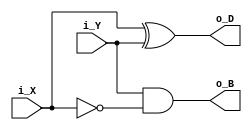
module HS (i_X, i_Y, o_D, o_B);
	input i_X, i_Y;
	output o_D, o_B;
	
	wire NX;
	
	xor xor1(o_D,i_X,i_Y);
	not not1(NX,i_X);
	and and1(o_B,i_Y,NX);
endmodule

module FS(i_X, i_Y, i_Bin, o_D, o_Bout);
	input i_X, i_Y, i_Bin;
	output o_D, o_Bout;
	
	wire wD, wB1, wB2;
	
	HS half1(i_X,i_Y,wD,wB1);
	HS half2(wD,i_Bin,o_D,wB2);
	or or2(o_Bout,wB2,wB1);
endmodule

module NSubtractor(i_X, i_Y, i_Bin, o_D, o_Bout, o_V);
	parameter N = 4;
	
	input [N-1:0] i_X, i_Y;
	input i_Bin;
	
	output [N-1:0] o_D;
	output o_Bout, o_V;//o_V is overflow
	
	wire [N:0] B;
	
	assign B[0] = i_Bin;
	
	genvar i;
	generate
	for (i=0; i<N; i=i+1)
		begin
			FS Full(i_X[i], i_Y[i], B[i], o_D[i], B[i+1]);
		end
	endgenerate
	
	assign o_Bout = B[N];
	//if the sign of the two inputs is different and the sign of the result is the same as the subtrahend, then overflow happened
	assign o_V=(i_X[N-1]!=i_Y[N-1])?((o_D[N-1]==i_Y[N-1])?1:0):0; 
endmodule